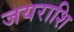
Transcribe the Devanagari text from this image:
जयराशि